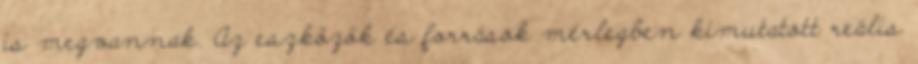
is megvannak. Az eszközök és források mérlegben kimutatott reális